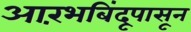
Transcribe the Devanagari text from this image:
आरंभबिंदूपासून